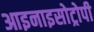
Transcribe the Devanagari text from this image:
आइनाइसोट्रोपी